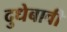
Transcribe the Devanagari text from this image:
दुधेबावी